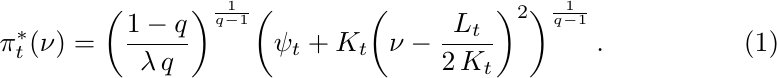
\begin{align}\label{eqn:cont_density_pf}
    \pi_t^*(\nu) &= \biggl(\frac{1-q}{\lambda\,q}\biggr)^{\frac{1}{q-1}}\biggl(\psi_t + K_t\biggl(\nu - \frac{L_t}{2\,K_t}\biggr)^2\biggr)^{\frac{1}{q-1}}\,.
\end{align}